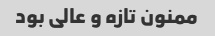
ممنون تازه و عالی بود